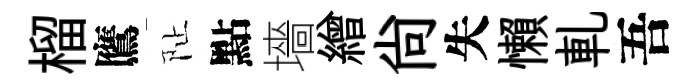
榴鷹阯點墻繒尙失懶軋吾